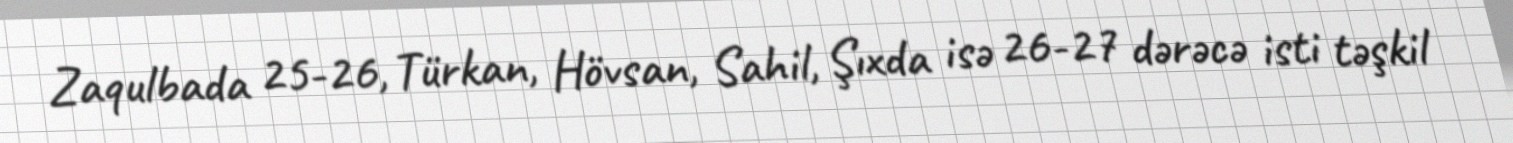
Zaqulbada 25-26, Türkan, Hövsan, Sahil, Şıxda isə 26-27 dərəcə isti təşkil